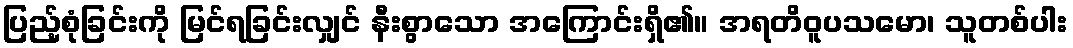
ပြည့်စုံခြင်းကို မြင်ရခြင်းလျှင် နီးစွာသော အကြောင်းရှိ၏။ အရတိဝူပသမော၊ သူတစ်ပါး